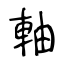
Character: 軸